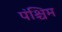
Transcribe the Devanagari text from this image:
पंश्चिम